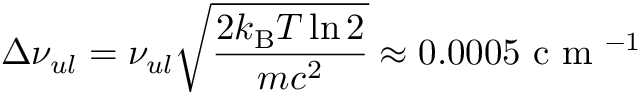
\Delta \nu _ { u l } = \nu _ { u l } \sqrt { \frac { 2 k _ { \mathrm { B } } T \ln 2 } { m c ^ { 2 } } } \approx 0 . 0 0 0 5 \mathrm { ~ c ~ m ~ } ^ { - 1 }